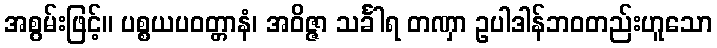
အစွမ်းဖြင့်။ ပစ္စယပဝတ္တာနံ၊ အဝိဇ္ဇာ သင်္ခါရ တဏှာ ဥပါဒါန်ဘဝတည်းဟူသော